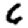
Digit: 6